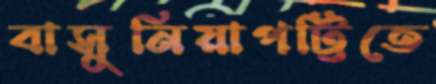
বাসুনিয়াপট্টিতে